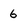
Character: 6